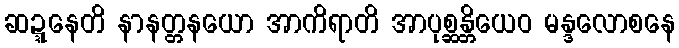
ဆဍ္ဍနေတိ နာနတ္တနယော အာကိရာတိ အာပုစ္ဆန္တိယေဝ မန္ဒလောစနေ